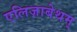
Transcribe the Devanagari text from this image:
एलिज़ाबेथम्